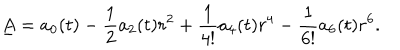
\underline { { { A } } } = a _ { 0 } ( t ) - \frac 1 2 a _ { 2 } ( t ) r ^ { 2 } + \frac { 1 } { 4 ! } a _ { 4 } ( t ) r ^ { 4 } - \frac { 1 } { 6 ! } a _ { 6 } ( t ) r ^ { 6 } .